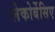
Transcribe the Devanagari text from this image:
लेकोर्बेसिए